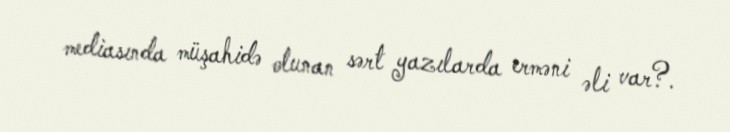
mediasında müşahidə olunan sərt yazılarda erməni əli var?.